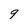
Character: 9